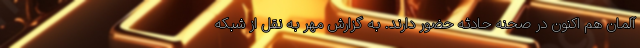
آلمان هم اکنون در صحنه حادثه حضور دارند. به گزارش مهر به نقل از شبکه